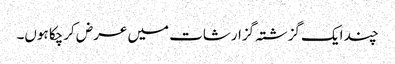
چند ایک گزشتہ گزارشات میں عرض کرچکا ہوں۔